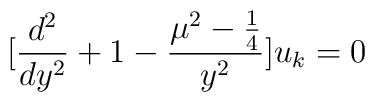
[\frac{d^2}{dy^2}+1-\frac{\mu^2-\frac{1}{4}}{y^2}]u_k=0